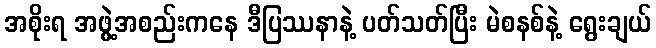
အစိုးရ အဖွဲ့အစည်းကနေ ဒီပြဿနာနဲ့ ပတ်သတ်ပြီး မဲစနစ်နဲ့ ရွေးချယ်